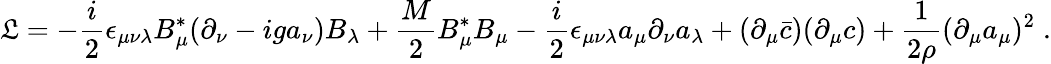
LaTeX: {\cal\mathfrak{L}}=-\frac{{i}}{{2}}\epsilon_{\mu\nu\lambda}B_{\mu}^{*}(\partial_{\nu}-iga_{\nu})B_{\lambda}+\frac{{M}}{{2}}B_{\mu}^{*}B_{\mu}-\frac{{i}}{{2}}\epsilon_{\mu\nu\lambda}a_{\mu}\partial_{\nu}a_{\lambda}+(\partial_{\mu}\bar{{c}})(\partial_{\mu}c)+\frac{{1}}{{2\rho}}(\partial_{\mu}a_{\mu})^{2}\; .